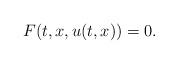
LaTeX: \begin{align*} F(t,x,u(t,x)) = 0.\end{align*}